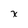
Character: x